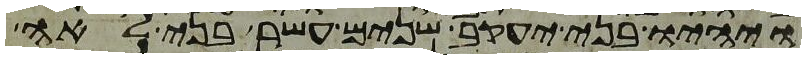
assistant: ויהיו בני יעקב שנים עשר בני לאה